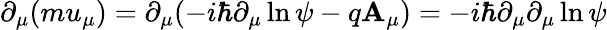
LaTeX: \partial_{\mu}(mu_{\mu})=\partial_{\mu}(-i\hbar\partial_{\mu}\ln\psi-q\mathbf{A}_{\mu})=-i\hbar\partial_{\mu}\partial_{\mu}\ln\psi